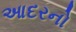
આદરનો